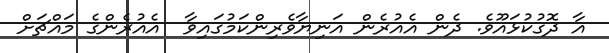
އާ ދޮގުކުޅައޫވެ. ދެން އެއުރެން އަނިޔާވެރިންކަމުގައިވާ  އެއުރެންގެ މައްޗަށް